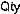
QTY